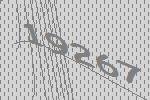
19267